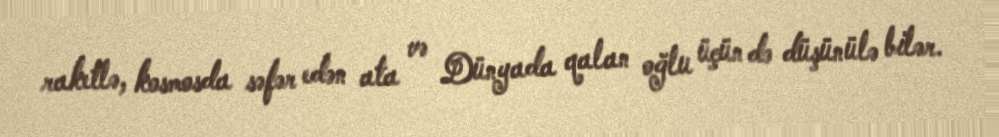
raketlə, kosmosda səfər edən ata və Dünyada qalan oğlu üçün də düşünülə bilər.